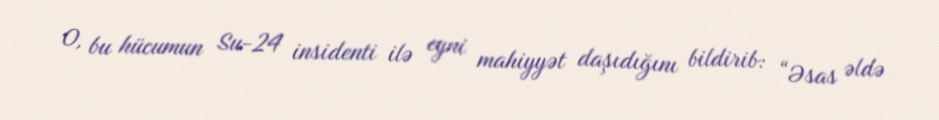
O, bu hücumun Su-24 insidenti ilə eyni mahiyyət daşıdığını bildirib: “Əsas əldə